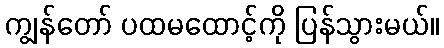
ကျွန်တော် ပထမထောင့်ကို ပြန်သွားမယ်။